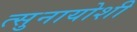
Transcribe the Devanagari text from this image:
त्सुनायोशी